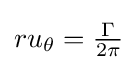
ru_{\theta }={\tfrac {\Gamma }{2\pi }}